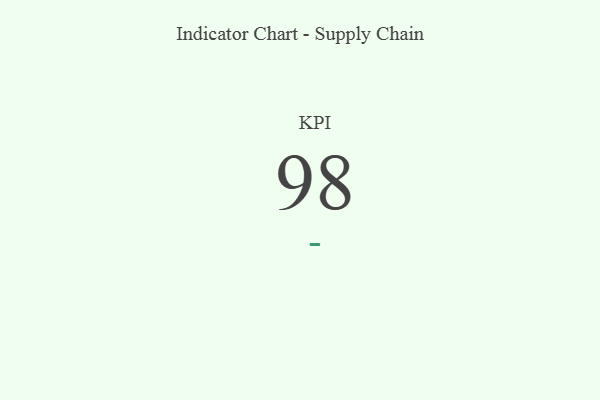
{"axis": {"x": "KPI", "y": "Value"}, "legend": [""], "data": [{"x": "KPI", "y": 98, "type": ""}]}